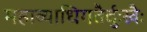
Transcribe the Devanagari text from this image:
महाव्याधिगतैर्दुःखैः